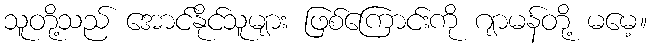
သူတို့သည် အောင်နိုင်သူများ ဖြစ်ကြောင်းကို ဂျာမန်တို့ မမေ့။